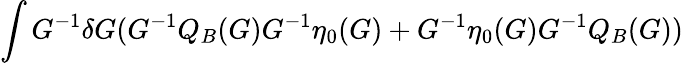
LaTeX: \int G^{-1}\delta G(G^{-1}Q_{B}(G)G^{-1}\eta_{0}(G)+G^{-1}\eta_{0}(G)G^{-1}Q_{B}(G))